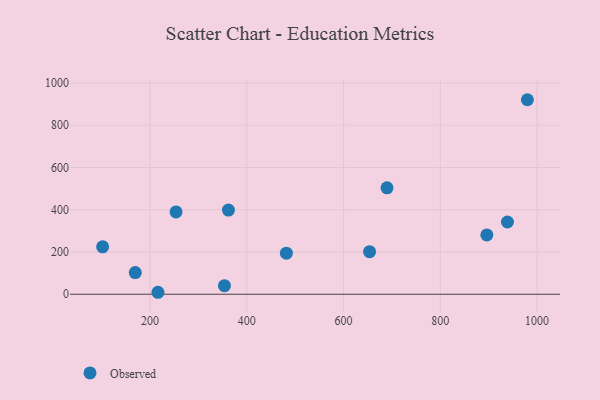
{"axis": {"x": "Ad Spend", "y": "Fuel Efficiency"}, "legend": ["Observed"], "data": [{"x": "101.9", "y": 224.5, "type": "Observed"}, {"x": "216.3", "y": 9.3, "type": "Observed"}, {"x": "938.9", "y": 342.1, "type": "Observed"}, {"x": "896.3", "y": 280.8, "type": "Observed"}, {"x": "689.9", "y": 503.6, "type": "Observed"}, {"x": "169.4", "y": 102.6, "type": "Observed"}, {"x": "353.8", "y": 40.6, "type": "Observed"}, {"x": "253.7", "y": 389.6, "type": "Observed"}, {"x": "362.0", "y": 398.4, "type": "Observed"}, {"x": "481.8", "y": 194.6, "type": "Observed"}, {"x": "980.1", "y": 920.9, "type": "Observed"}, {"x": "653.8", "y": 201.5, "type": "Observed"}]}